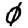
Digit: 0